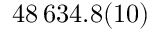
4 8 \, 6 3 4 . 8 ( 1 0 )